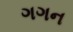
ગગન